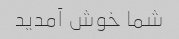
شما خوش آمدید